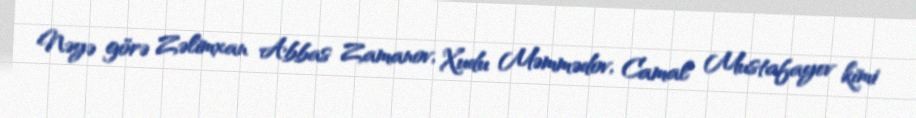
Nəyə görə Zəlimxan Abbas Zamanov, Xudu Məmmədov, Camal Mustafayev kimi